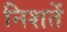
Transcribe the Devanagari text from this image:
निशतें